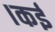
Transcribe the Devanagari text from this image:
।कई